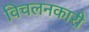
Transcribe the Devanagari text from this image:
विचलनकारी